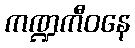
ကဏ္ဍကီဝနေ